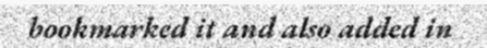
bookmarked it and also added in